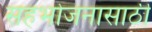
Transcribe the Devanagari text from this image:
सहभोजनासाठी